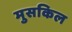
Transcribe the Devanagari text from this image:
मुसकिल